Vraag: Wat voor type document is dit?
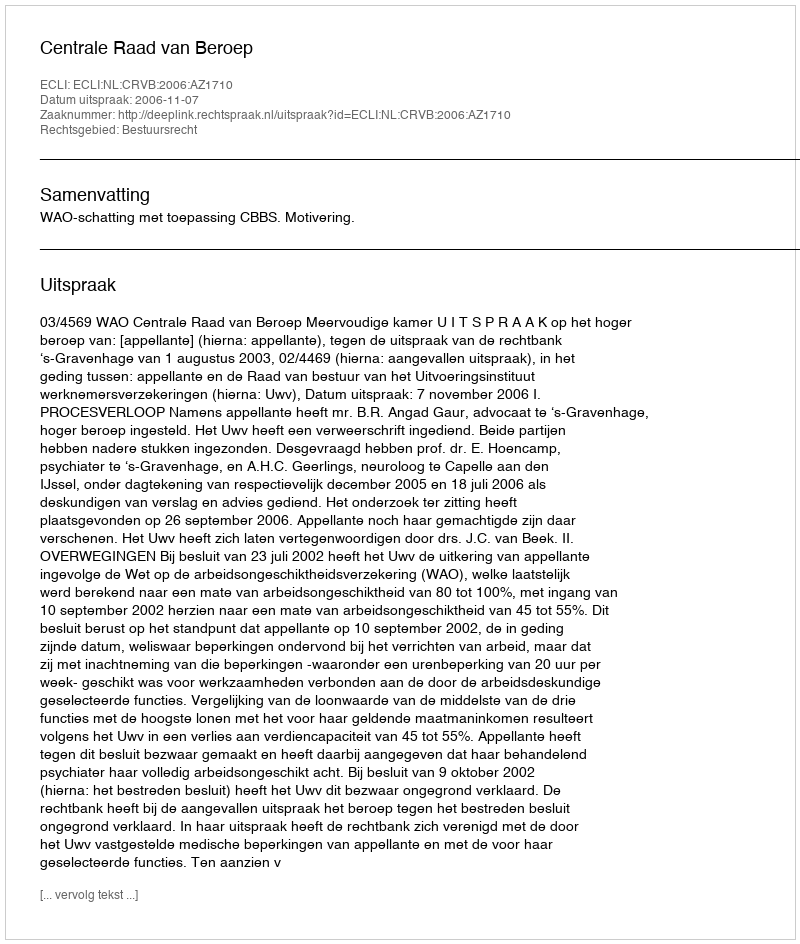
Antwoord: Uitspraak